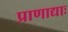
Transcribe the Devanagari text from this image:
प्राणाद्याः